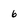
Character: 6